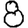
Digit: 8